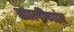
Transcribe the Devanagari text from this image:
सालीगांव